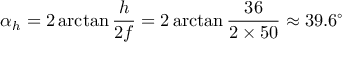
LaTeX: \alpha _ { h } = 2 \arctan { \frac { h } { 2 f } } = 2 \arctan { \frac { 3 6 } { 2 \times 5 0 } } \approx 3 9 . 6 ^ { \circ }